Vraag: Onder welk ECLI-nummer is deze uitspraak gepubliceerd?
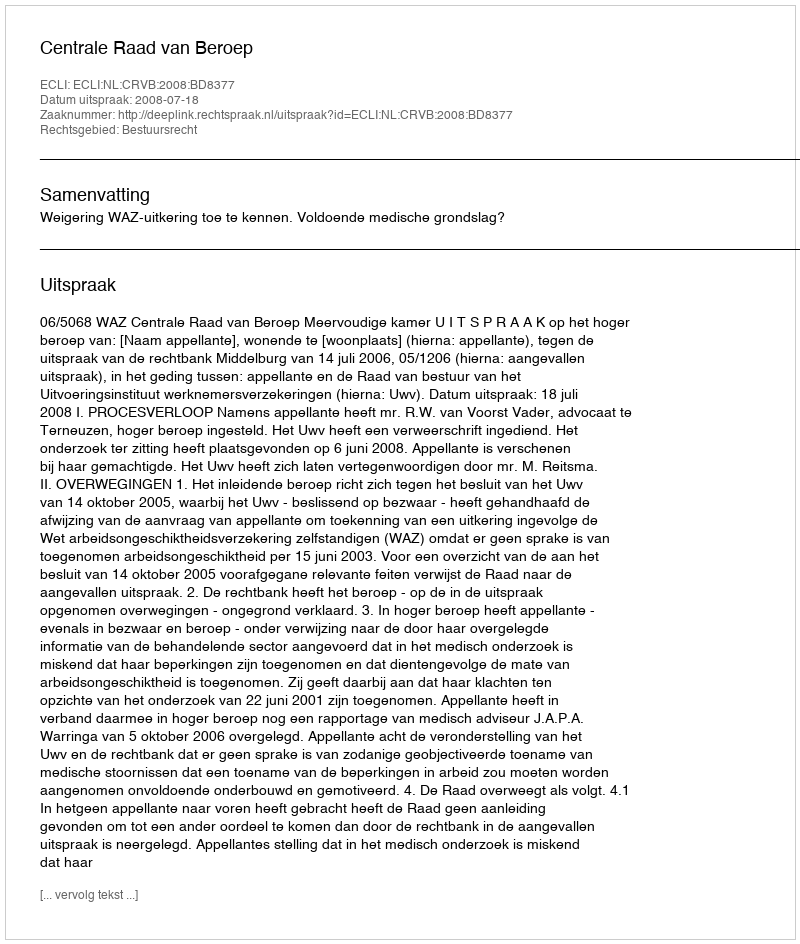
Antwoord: ECLI:NL:CRVB:2008:BD8377